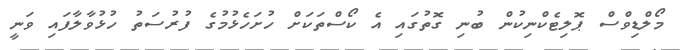
މޯލްޑިވްސް ޕޮލިޓެކްނިކުން ބުނި ގޮތުގައި އެ ކޯސްތަކަށް ހުށަހެޅުމުގެ ފުރުސަތު ހުޅުވާލާފައި ވަނީ